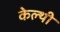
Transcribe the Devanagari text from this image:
केल्थी